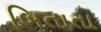
બિતાતા